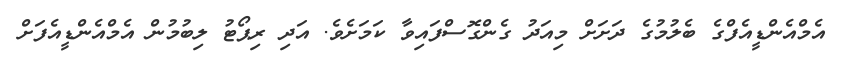
އެމްއެންޑީއެފްގެ ބެލުމުގެ ދަށަށް މިއަދު ގެންގޮސްފައިވާ ކަމަށެވެ. އަދި ރިޕޯޓު ލިބުމުން އެމްއެންޑީއެފަށް